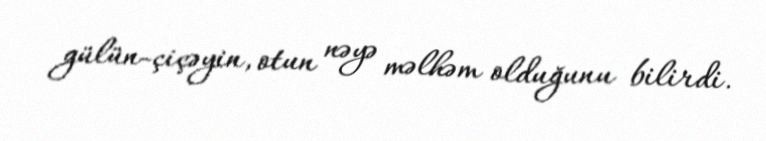
gülün-çiçəyin, otun nəyə məlhəm olduğunu bilirdi.